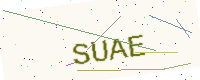
Text: SUAE